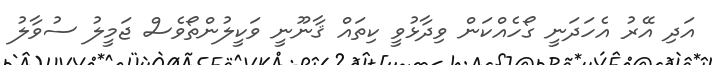
އަދި އޭރު އެހަދަނީ ގޯހެއްކަން ވިދާޅުވީ ކިތައް ޤާނޫނީ ވަކީލުންތޯވެސް ޖަމީލު ސުވާލު